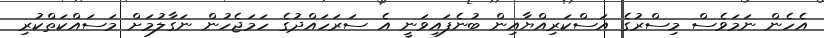
އެހެން ނަމަވެސް މިސްރުގެ އަސްކަރިއްޔާއިން ބުނެފައިވަނީ އެ ސަރަހައްދުގެ ހަމަޖެހުން ނަގާލުމަށް މަސައްކަތްކުރި